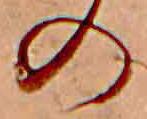
の